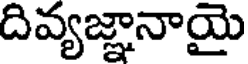
దివ్యజ్ఞానాయై